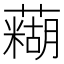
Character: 𫊊